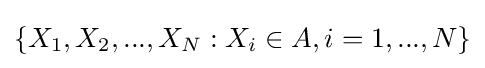
\{X_{1},X_{2},...,X_{N}:X_{i}\in A,i=1,...,N\}